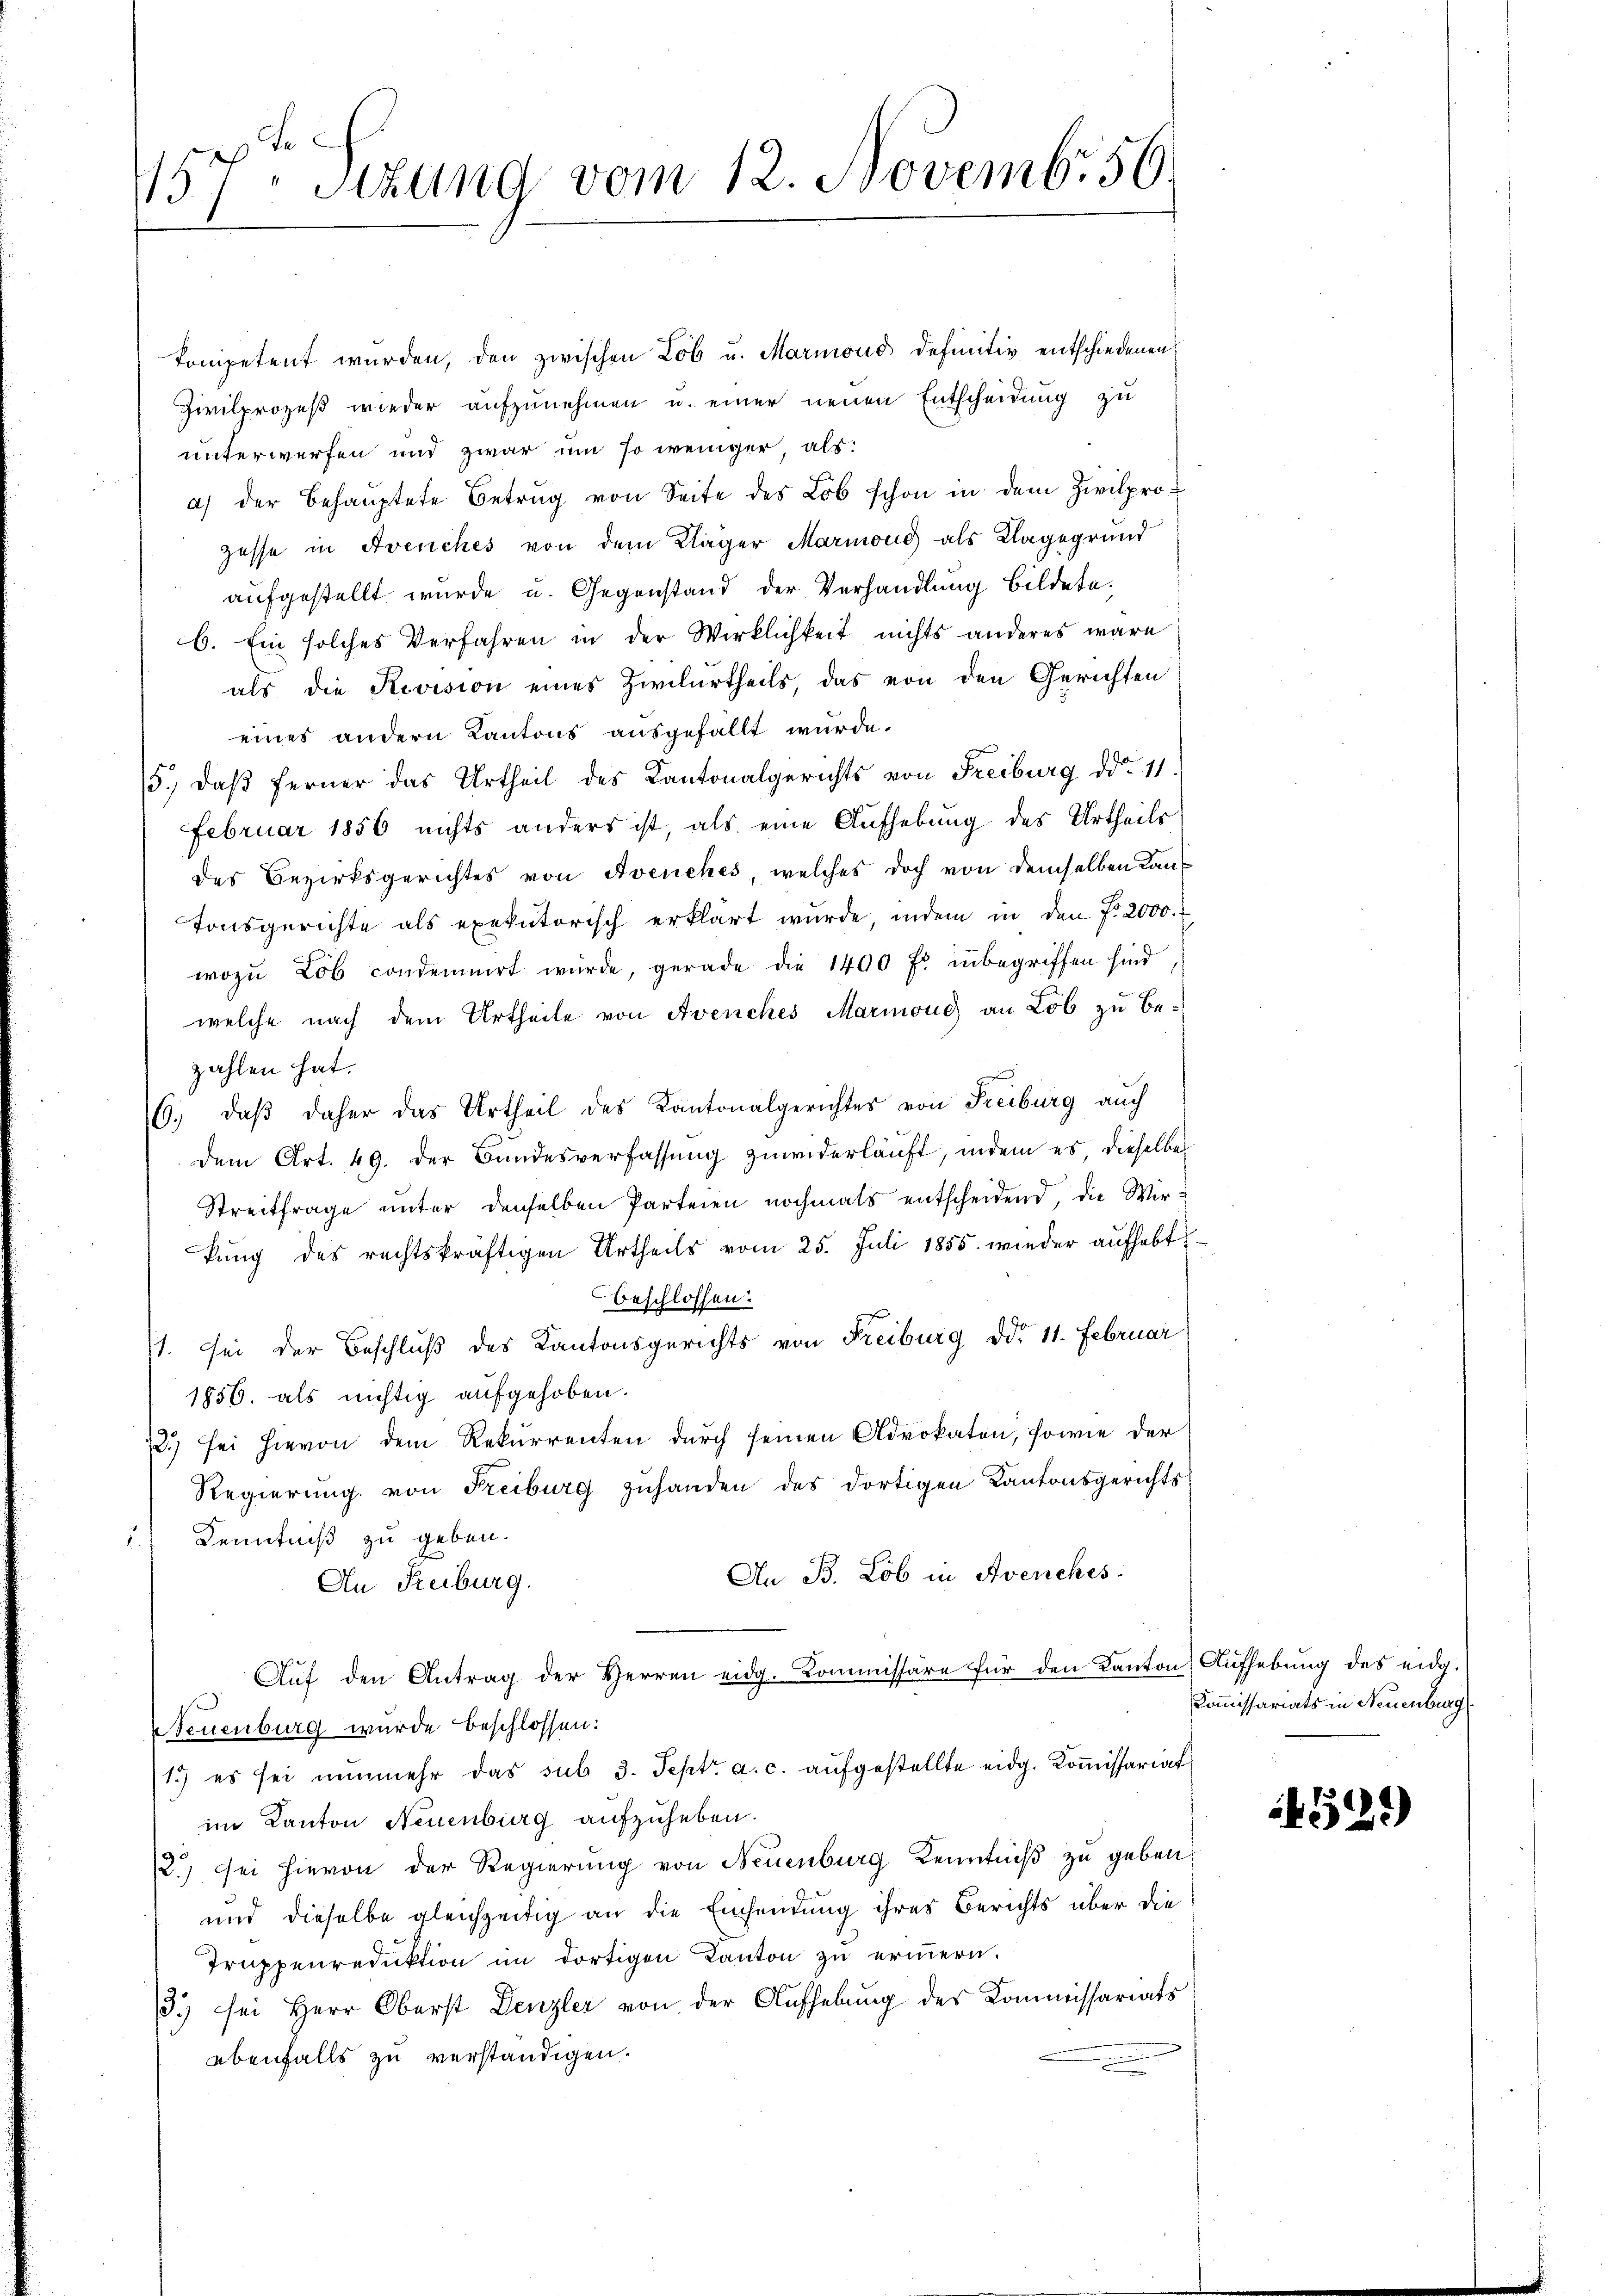
157t Sitzung vom 12. Novemb. 56

kompetent wurden, den zwischen Lob u. Marmond definitiv entschiedenen
Zivilprozeß wieder aufzunehmen u. einer neuen Entscheidung zu
unterwerfen und zwar um so weniger, als:
a) der Behauptete Betrug von Seite des Lob schon in dem Zivilprozesse in Avenches von dem Kläger Marmond als Klagegründ
aufgestellt wurde u. Gegenstand der Verhandlung bildete.
b. Ein solches Verfahren in der Wirklichkeit nichts anderes wäre
als die Revision eines Zivilurtheils, das von den Gerichten
eines andern Kantons ausgefällt wurde.
5.) Daß ferner das Urtheil des Kantonalgerichts von Freiburg ddo. 11.
Februar 1856 nichts anders ist, als eine Aufhebung des Urtheils
des Bezirksgerichtes von Avenches, welches doch von demselben Kan¬
Tonsgerichte als exekutorisch erklärt wurde, indem in den f. 2000.
wozu Lob condemnirt würde, gerade die 1400 fl inbegriffen sind
welche nach dem Urtheile von Avenches Marmond an Lob zŭ be-
zahlen hat.
6. daβ daher das Urtheil des Kantonalgerichtes von Freiburg auch
dem Art. 49. der Bundesverfassung zuwiderläuft, indem es, dieselbe
Streitfrage unter denselben Parteien nochmals entscheidend, die Wirkung des rechtskräftigen Urtheils vom 25. Juli 1855. wieder aufhabt
beschlossen:
1. Sei der Beschluß des Kantonsgerichts von Freiburg ddo. 11. Februar
1856. als nichtig aufgehoben.
2) sei hievon dem Rekurrenten durch seinen Advokaten, sowie der
Regierung von Freiburg zuhanden des dortigen Kantonsgerichts
5.) Kenntniß zu geben.
An B. Lob in Avenches:
An Freiburg.
Aŭf den Antrag der Herren eidg. Kommissäre für den Kanton Aufhebung des eidg.
Neuenburg wurde beschlossen:
1) es sei nŭnmehr das sub 3. Sept. a. c. aufgestellte eidg. Koṁissariat
im Kanton Neuenburg aufzuheben.
2) sei hievon der Regierung von Neuenburg Kenntniß zu geben,
und dieselbe gleichzeitig an die Einsendung ihres Berichts über die
Truppenreduktion im dortigen Kanton zu erinnern.
3.) sei Herr Oberst Denzler von der Aufhebung des Kommissariats
ebenfalls zu verständigen.

Kommissariats in Neuenburg

329)